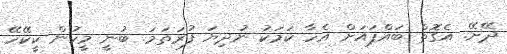
ދޭށޭ. އެގޮތް ބައްޕައަށް އެހާ ކަމަކު ނުދިޔަ ފުރަތަމަ. ބުނީ މީހުން ކީކޭހޭ